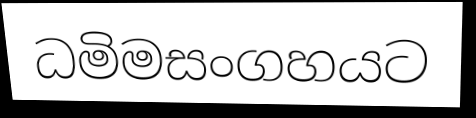
ධමිමසංගහයට